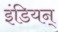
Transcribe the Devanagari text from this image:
इंडियन्